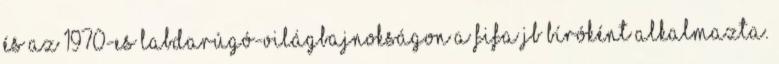
és az 1970-es labdarúgó-világbajnokságon a FIFA JB bíróként alkalmazta.